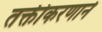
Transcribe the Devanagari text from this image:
तक्तीकरणाने